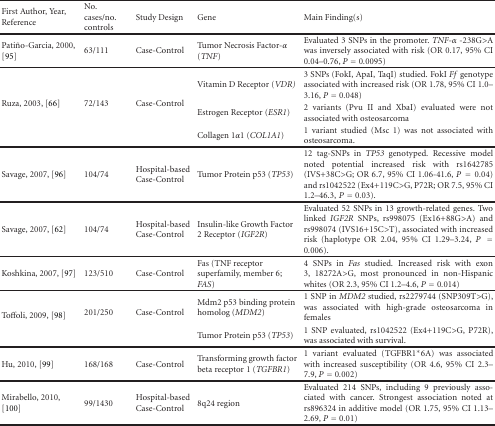
<table><thead><tr><td><b>First Author, Year, Reference</b></td><td><b>No. cases/no. controls</b></td><td><b>Study Design</b></td><td><b>Gene</b></td><td><b>Main Finding(s)</b></td></tr></thead><tbody><tr><td>Patiño-Garcia, 2000, [95]</td><td>63/111</td><td>Case-Control</td><td>Tumor Necrosis Factor-<i>α</i> (<i>TNF</i>)</td><td>Evaluated 3 SNPs in the promoter. <i>TNF-<i>α</i></i> -238G&gt;A was inversely associated with risk (OR 0.17, 95% CI 0.04–0.76, <i>P</i> = 0.0095) </td></tr><tr><td rowspan="3">Ruza, 2003, [66] </td><td rowspan="3">72/143</td><td rowspan="3">Case-Control</td><td>Vitamin D Receptor (<i>VDR) </i></td><td>3 SNPs (FokI, ApaI, TaqI) studied. FokI <i>Ff</i> genotype associated with increased risk (OR 1.78, 95% CI 1.0–3.16, <i>P</i> = 0.048)</td></tr><tr><td>Estrogen Receptor (<i>ESR1</i>)</td><td>2 variants (Pvu II and XbaI) evaluated were not associated with osteosarcoma</td></tr><tr><td>Collagen 1<i>α</i>1 (<i>COL1A1</i>)</td><td>1 variant studied (Msc 1) was not associated with osteosarcoma. </td></tr><tr><td>Savage, 2007, [96]</td><td>104/74</td><td>Hospital-based Case-Control</td><td>Tumor Protein p53 (<i>TP53</i>)</td><td>12 tag-SNPs in <i>TP53 </i>genotyped. Recessive model noted potential increased risk with rs1642785 (IVS+38C&gt;G; OR 6.7, 95% CI 1.06-41.6, <i>P</i> = 0.04) and rs1042522 (Ex4+119C&gt;G, P72R; OR 7.5, 95% CI 1.2–46.3,<i>P</i> = 0.03). </td></tr><tr><td>Savage, 2007, [62]</td><td>104/74</td><td>Hospital-based Case-Control</td><td>Insulin-like Growth Factor 2 Receptor (<i>IGF2R</i>)</td><td>Evaluated 52 SNPs in 13 growth-related genes. Two linked <i>IGF2R </i>SNPs, rs998075 (Ex16+88G&gt;A) and rs998074 (IVS16+15C&gt;T), associated with increased risk (haplotype OR 2.04, 95% CI 1.29–3.24, <i>P</i> = 0.006). </td></tr><tr><td>Koshkina, 2007, [97]</td><td>123/510</td><td>Case-Control</td><td>Fas (TNF receptor superfamily, member 6; <i>FAS</i>)</td><td>4 SNPs in <i>Fas</i> studied. Increased risk with exon 3, 18272A&gt;G, most pronounced in non-Hispanic whites (OR 2.3, 95% CI 1.2–4.6, <i>P</i> = 0.014) </td></tr><tr><td rowspan="2">Toffoli, 2009, [98] </td><td rowspan="2">201/250</td><td rowspan="2">Case-Control</td><td>Mdm2 p53 binding protein homolog (<i>MDM2</i>)</td><td>1 SNP in <i>MDM2</i> studied, rs2279744 (SNP309T&gt;G), was associated with high-grade osteosarcoma in females</td></tr><tr><td>Tumor Protein p53 (<i>TP53</i>)</td><td>1 SNP evaluated, rs1042522 (Ex4+119C&gt;G, P72R), was associated with survival. </td></tr><tr><td>Hu, 2010, [99]</td><td>168/168</td><td>Case-Control</td><td>Transforming growth factor beta receptor 1 (<i>TGFBR1</i>)</td><td>1 variant evaluated (TGFBR1*6A) was associated with increased susceptibility (OR 4.6, 95% CI 2.3–7.9, <i>P</i> = 0.002) </td></tr><tr><td>Mirabello, 2010, [100]</td><td>99/1430</td><td>Hospital-based Case-Control</td><td>8q24 region</td><td>Evaluated 214 SNPs, including 9 previously associated with cancer. Strongest association noted at rs896324 in additive model (OR 1.75, 95% CI 1.13–2.69, <i>P</i> = 0.01)</td></tr></tbody></table>